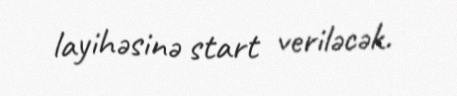
layihəsinə start veriləcək.